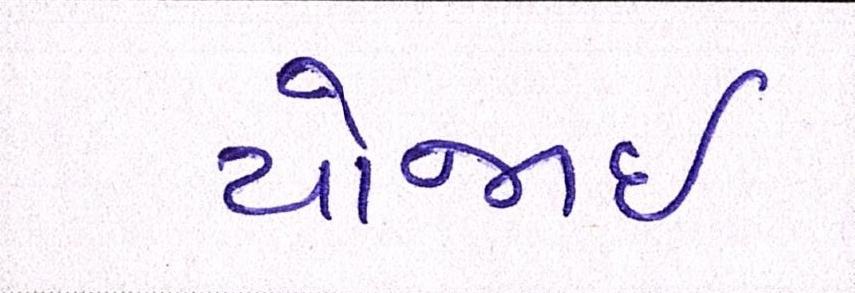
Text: યોજાઈ